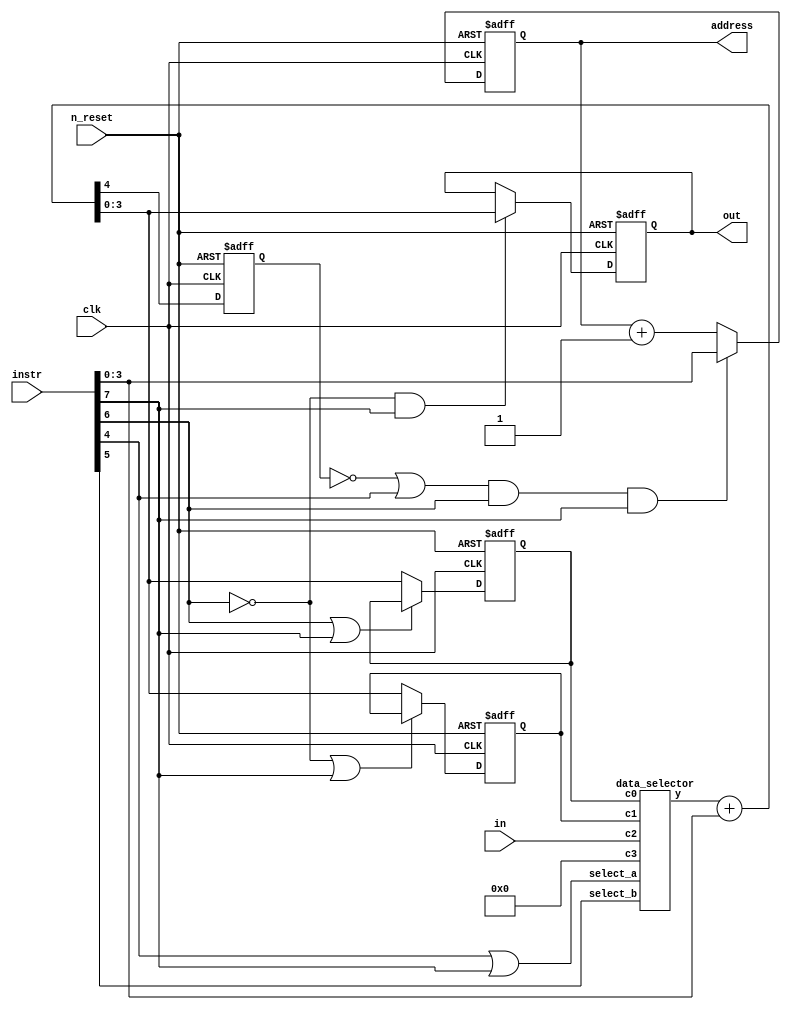
//--------------------------------
// 4bitCPU TD4
//
// $ git clone git@gist.github.com:ed0575c2871070ecc89d99bd7e357f5d.git my_td4
// $ cd my_td4
// $ brew install icarus-verilog
// $ iverilog -o cpu cpu.v && ./cpu
//--------------------------------
module cpu(
  input clk,
  input n_reset,
  output [3:0] address,
  input [7:0] instr,
  input [3:0] in,
  output [3:0] out);

  //------------------------
  // 
  //------------------------
  initial begin
    // $monitor("%t: pc = %b, a = %b, b = %b, instr = %b, op = %b, im = %b, select_a = %b, select_b = %b, load0 = %b, load1 = %b, load2 = %b", $time, pc_reg, a_reg, b_reg, instr, op, im, select_a, select_b, load0, load1, load2);
  end

  //------------------------
  // 
  //------------------------
  wire [3:0] op;
  wire [3:0] im;
  wire select_a, select_b;
  wire load0, load1, load2, load3;
  wire [3:0] selector_out;
  wire [3:0] alu_out;
  wire c; // Carry out

  reg [3:0] pc_reg; // Program counter
  reg [3:0] a_reg, b_reg; // A, B register
  reg [3:0] out_reg; // Out port register
  reg co_reg; // Carry out register

  //------------------------
  // 
  //------------------------

  // 
  data_selector ds (a_reg, b_reg, in, 4'b0000, select_a, select_b, selector_out);

  //------------------------
  // 
  //------------------------
  always @(posedge clk or negedge n_reset) begin
    if (!n_reset) begin
      a_reg <= 0;
      b_reg <= 0;
      // out_reg <= 0;
     end
     else begin
      a_reg <= load0 ? alu_out : a_reg;
      b_reg <= load1 ? alu_out : b_reg;
      // out_reg <= load2 ? alu_out : out_reg;
     end
  end

  //------------------------
  // 
  //------------------------
  assign out = out_reg;
  always @(posedge clk or negedge n_reset) begin
    if (!n_reset) out_reg <= 0;
     else out_reg <= load2 ? alu_out : out_reg;
  end

  //------------------------
  // 
  //------------------------
  assign address = pc_reg;
  always @(posedge clk or negedge n_reset) begin
    if (!n_reset) pc_reg <= 0;
     else pc_reg <= load3 ? im : pc_reg + 1;
  end

  //------------------------
  // ALU  carry 
  //------------------------
  assign {c, alu_out} = selector_out + im;

  always @(posedge clk or negedge n_reset) begin
    if (!n_reset) co_reg <= 0;
    else co_reg <= c;
  end

  //------------------------
  // 
  //------------------------

  // 
  assign op = instr[7:4]; // 
  assign im = instr[3:0]; // 

  // 
  assign select_a = op[0] | op[3];
  assign select_b = op[1];

  // 
  assign load0 = !(op[2] | op[3]); // A
  assign load1 = !(!op[2] | op[3]); // B
  assign load2 = !op[2] & op[3]; // 
  assign load3 = (!co_reg | op[0]) & op[2] & op[3]; // PC
endmodule

//------------------------
// 
//
// select_aselect_bc0c3
//
// * (select_a = L, select_b = L) => c0
// * (select_a = H, select_b = L) => c1
// * (select_a = L, select_b = H) => c2
// * (select_a = H, select_b = H) => c3
//------------------------
module data_selector(
  input [3:0] c0,
  input [3:0] c1,
  input [3:0] c2,
  input [3:0] c3,
  input select_a, select_b,
  output reg [3:0] y
);

  always @(*) begin
    if (select_a & select_b)
      y = c3;
    else if (!select_a & select_b)
      y = c2;
    else if (select_a & !select_b)
      y = c1;
    else
      y = c0;
  end
endmodule